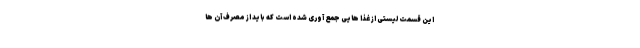
این قسمت لیستی از غذا هایی جمع آوری شده است که باید از مصرف آن ها